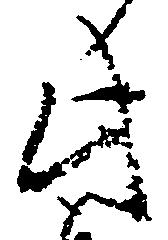
此